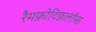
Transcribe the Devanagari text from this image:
रैमफ़ोटिफ़लॉप्स